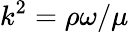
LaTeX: k^{2}=\rho\omega/\mu